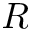
R